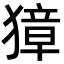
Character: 獐